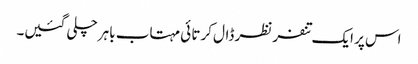
اس پر ایک تنفر نظر ڈال کرتا ئی مہتاب باہر چلی گئیں۔